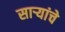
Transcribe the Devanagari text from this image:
साऱ्यांचे